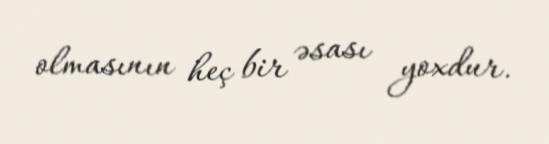
olmasının heç bir əsası yoxdur.